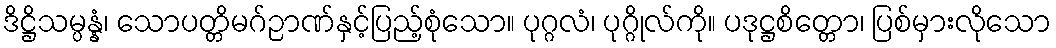
ဒိဋ္ဌိသမ္ပန္နံ၊ သောပတ္တိမဂ်ဉာဏ်နှင့်ပြည့်စုံသော။ ပုဂ္ဂလံ၊ ပုဂ္ဂိုလ်ကို။ ပဒုဋ္ဌစိတ္တော၊ ပြစ်မှားလိုသော